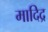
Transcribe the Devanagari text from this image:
मादिद्र